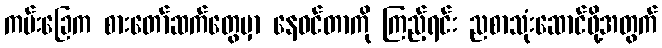
ကမ်းခြေက စားတော်ဆက်တွေမှာ နေဝင်တာကို ကြည့်ရင်း ညစာသုံးဆောင်ဖို့အတွက်